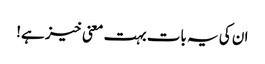
ان کی یہ بات بہت معنی خیز ہے!